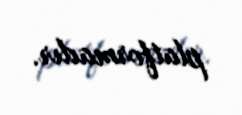
platformadır.